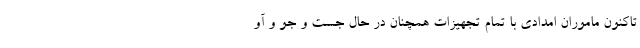
تاکنون ماموران امدادی با تمام تجهیزات همچنان در حال جست و جو و آو